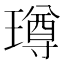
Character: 𭹼